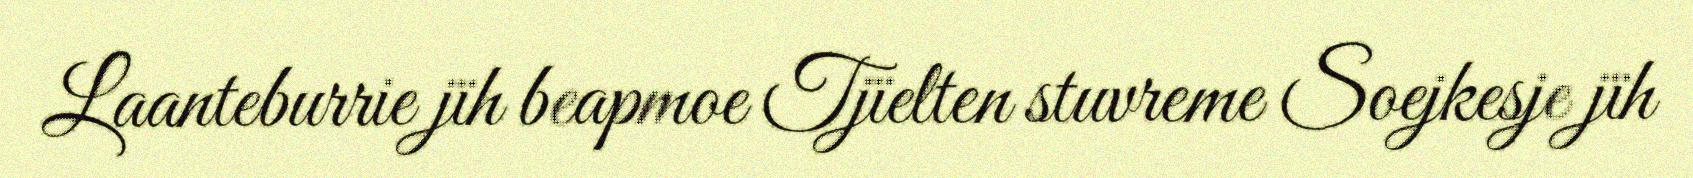
Laanteburrie jïh beapmoe Tjïelten stuvreme Soejkesje jïh